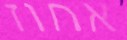
אחוז